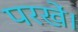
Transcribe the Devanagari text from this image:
परखें।